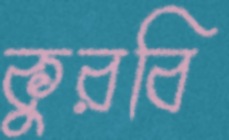
কুরবি